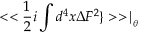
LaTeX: < < \frac { 1 } { 2 } i \int d ^ { 4 } x \Delta F ^ { 2 } \} > > \mid _ { _ { \theta } }